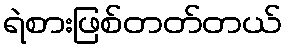
ရဲစားဖြစ်တတ်တယ်